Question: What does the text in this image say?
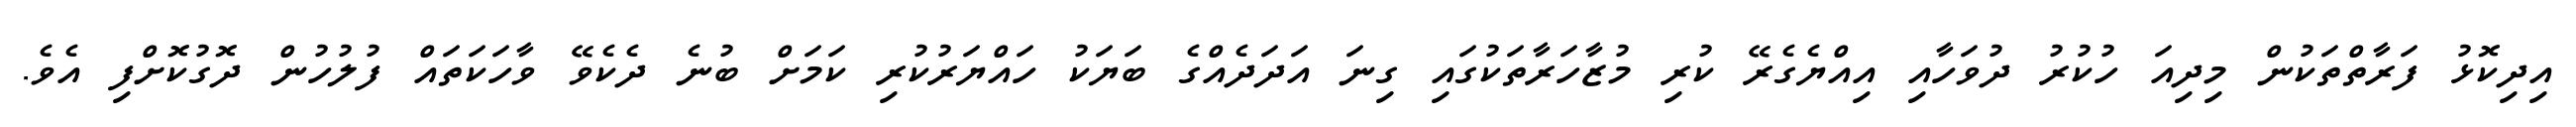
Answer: އިދިކޮޅު ފަރާތްތަކުން މިދިއަ ހުކުރު ދުވަހާއި އިއްޔެގެރޭ ކުރި މުޒާހަރާތަކުގައި ގިނަ އަދަދެއްގެ ބަޔަކު ހައްޔަރުކުރި ކަމަށް ބުނެ ދެކެވޭ ވާހަކަތައް ފުލުހުން ދޮގުކޮށްފި އެވެ.